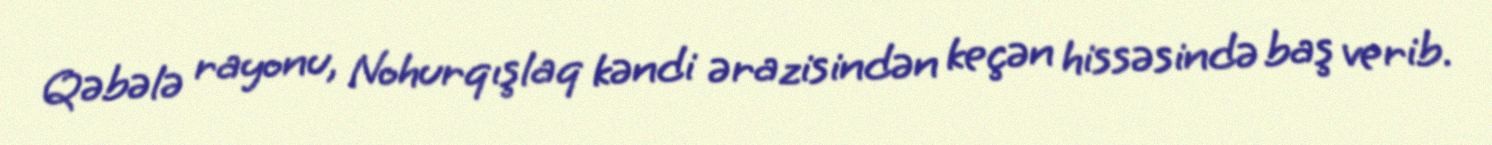
Qəbələ rayonu, Nohurqışlaq kəndi ərazisindən keçən hissəsində baş verib.